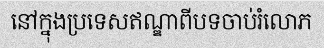
នៅក្នុងប្រទេសឥណ្ឌាពីបទចាប់រំលោភ